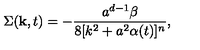
\Sigma ( { \bf k } , t ) = - \frac { a ^ { d - 1 } \beta } { 8 [ k ^ { 2 } + a ^ { 2 } \alpha ( t ) ] ^ { n } } ,